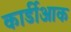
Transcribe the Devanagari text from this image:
कार्डीआक